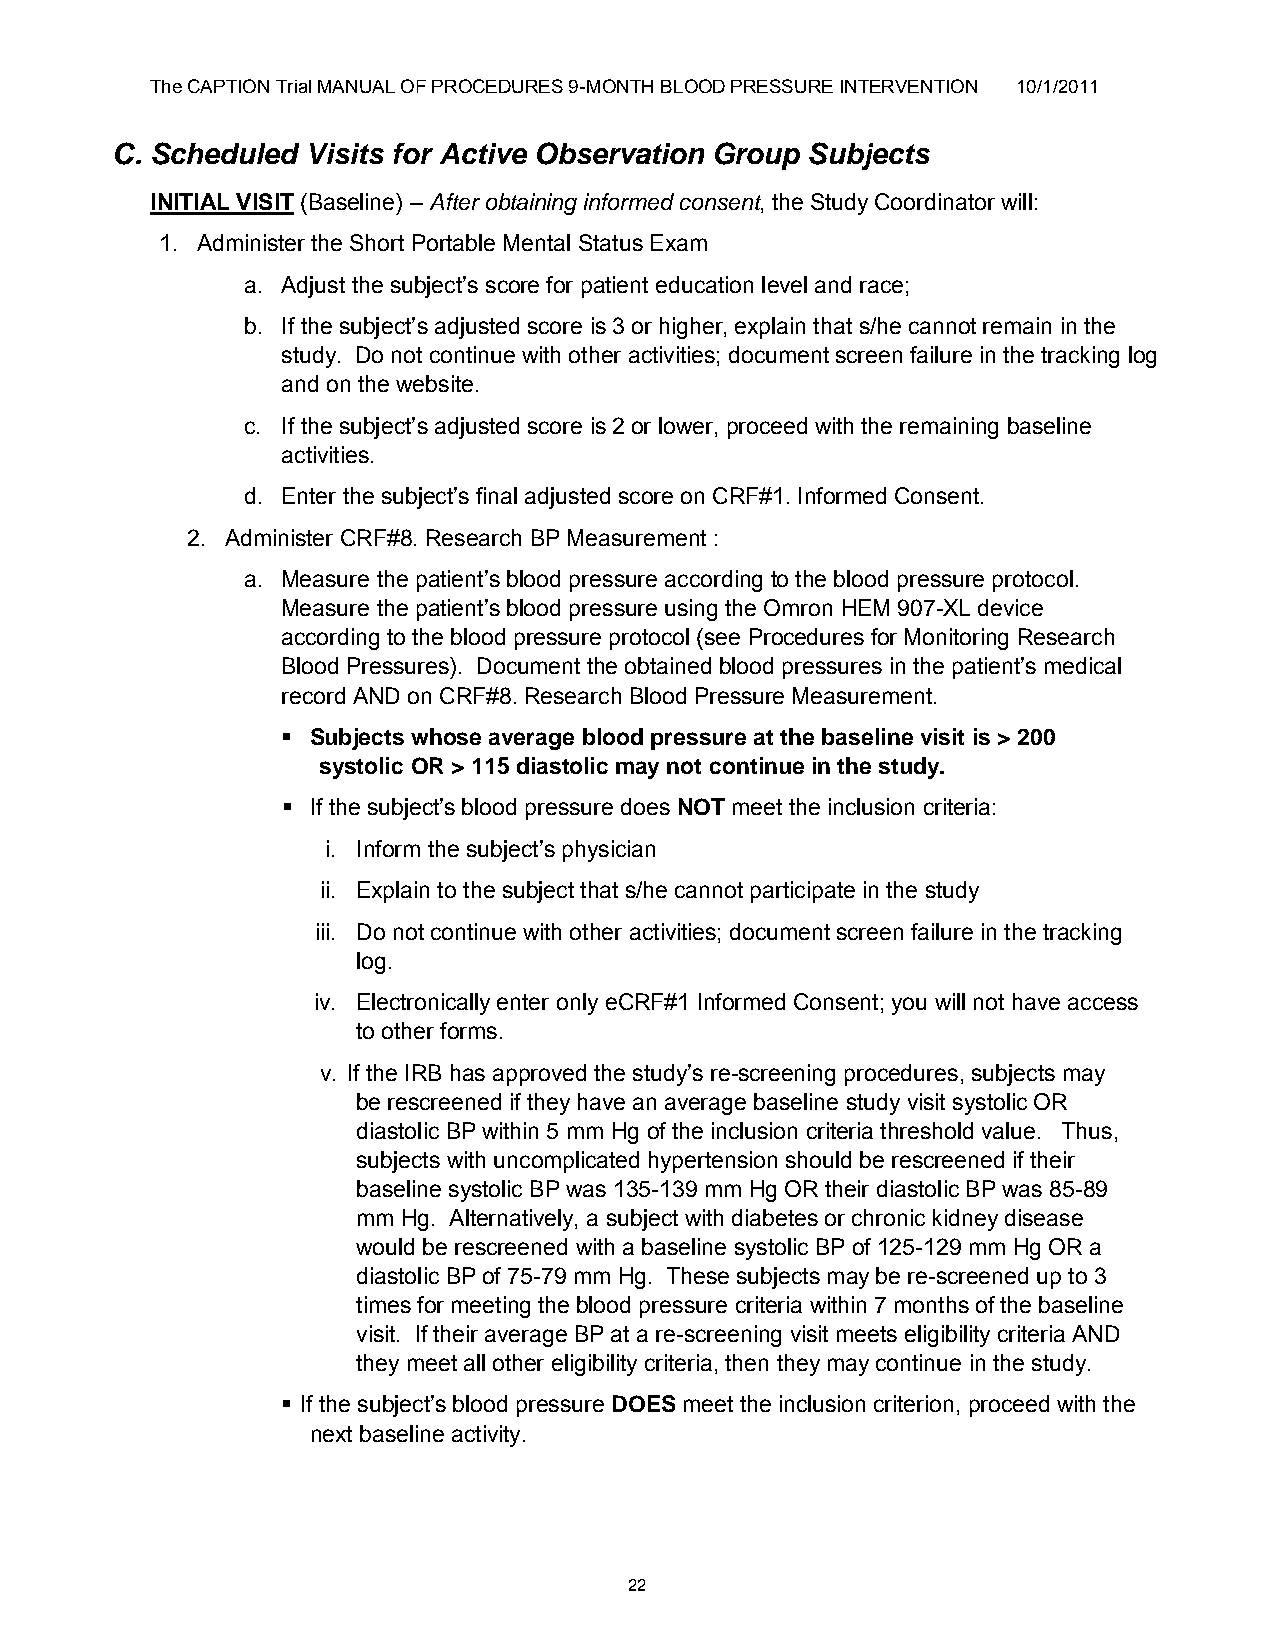
The CAPTION Trial MANUAL OF PROCEDURES 9-MONTH BLOOD PRESSURE INTERVENTION 10/1/2011
 C. Scheduled Visits for Active Observation Group Subjects
 INITIAL VISIT (Baseline) – After obtaining informed consent, the Study Coordinator will:
 1. Administer the Short Portable Mental Status Exam
 a. Adjust the subject‟s score for patient education level and race;
 b. If the subject‟s adjusted score is 3 or higher, explain that s/he cannot remain in the
 study. Do not continue with other activities; document screen failure in the tracking log
 and on the website.
 c. If the subject‟s adjusted score is 2 or lower, proceed with the remaining baseline
 activities.
 d. Enter the subject‟s final adjusted score on CRF#1. Informed Consent.
 2. Administer CRF#8. Research BP Measurement :
 a. Measure the patient‟s blood pressure according to the blood pressure protocol.
 Measure the patient‟s blood pressure using the Omron HEM 907-XL device
 according to the blood pressure protocol (see Procedures for Monitoring Research
 Blood Pressures). Document the obtained blood pressures in the patient‟s medical
 record AND on CRF#8. Research Blood Pressure Measurement.
  Subjects whose average blood pressure at the baseline visit is > 200
 systolic OR > 115 diastolic may not continue in the study.
  If the subject‟s blood pressure does NOT meet the inclusion criteria:
 i. Inform the subject‟s physician
 ii. Explain to the subject that s/he cannot participate in the study
 iii. Do not continue with other activities; document screen failure in the tracking
 log.
 iv. Electronically enter only eCRF#1 Informed Consent; you will not have access
 to other forms.
 v. If the IRB has approved the study‟s re-screening procedures, subjects may
 be rescreened if they have an average baseline study visit systolic OR
 diastolic BP within 5 mm Hg of the inclusion criteria threshold value. Thus,
 subjects with uncomplicated hypertension should be rescreened if their
 baseline systolic BP was 135-139 mm Hg OR their diastolic BP was 85-89
 mm Hg. Alternatively, a subject with diabetes or chronic kidney disease
 would be rescreened with a baseline systolic BP of 125-129 mm Hg OR a
 diastolic BP of 75-79 mm Hg. These subjects may be re-screened up to 3
 times for meeting the blood pressure criteria within 7 months of the baseline
 visit. If their average BP at a re-screening visit meets eligibility criteria AND
 they meet all other eligibility criteria, then they may continue in the study.
  If the subject‟s blood pressure DOES meet the inclusion criterion, proceed with the
 next baseline activity.
 22